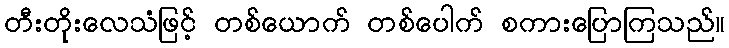
တီးတိုးလေသံဖြင့် တစ်ယောက် တစ်ပေါက် စကားပြောကြသည်။